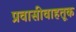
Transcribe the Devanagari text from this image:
प्रवासीवाहतूक